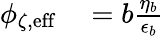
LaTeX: \begin{array}{rl}{\phi_{\zeta,\textrm{eff}}}&{{}=b\frac{\eta_{b}}{\epsilon_{b}}}\end{array}